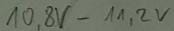
Text: 10,8V-11,2V